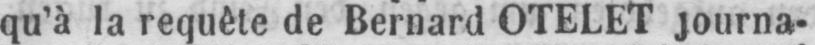
qu’à la requête de Bernard OTELET journa-